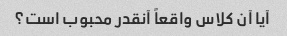
آیا آن کلاس واقعاً آنقدر محبوب است؟